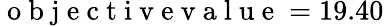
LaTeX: \mathrm{~o~b~j~e~c~t~i~v~e~v~a~l~u~e~}=19.40